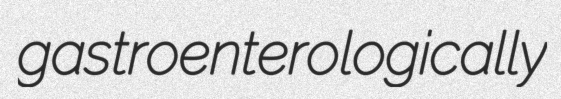
gastroenterologically